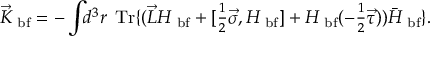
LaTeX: \vec { K } _ { { \mathrm { \scriptsize ~ b f } } } = - \int \! \! d ^ { 3 } r \; \textstyle \, \mathrm { T r } \{ ( { \vec { L } } H _ { { \mathrm { \scriptsize ~ b f } } } + [ \textstyle \frac 1 2 { \vec { \sigma } } , H _ { { \mathrm { \scriptsize ~ b f } } } ] + H _ { { \mathrm { \scriptsize ~ b f } } } ( - \textstyle \frac 1 2 { \vec { \tau } } ) ) { \bar { H } } _ { { \mathrm { \scriptsize ~ b f } } } \} .